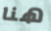
هنا